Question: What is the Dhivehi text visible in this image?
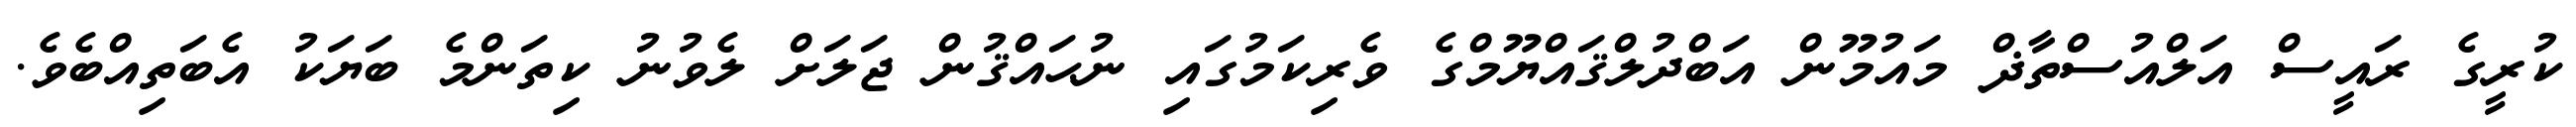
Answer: ކުރީގެ ރައީސް އަލްއުސްތާޛް މައުމޫން އަބްދުލްޤައްޔޫމްގެ ވެރިކަމުގައި ނުޙައްޤުން ޖަލަށް ލެވުނު ކިތަންމެ ބަޔަކު އެބަތިއްބެވެ.